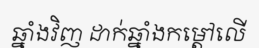
ឆ្នាំងវិញ ដាក់ឆ្នាំងកម្តៅលើ